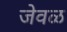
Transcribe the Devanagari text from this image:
जेवळ